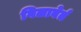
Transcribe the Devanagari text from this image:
गिलाबेर्त